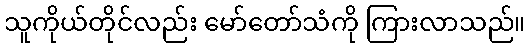
သူကိုယ်တိုင်လည်း မော်တော်သံကို ကြားလာသည်။